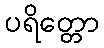
ပရိတ္တော